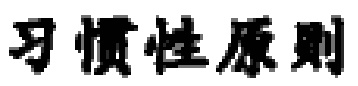
习惯性原则